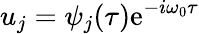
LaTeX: u_{j}=\psi_{j}(\tau)\mathrm{e}^{-i\omega_{0}\tau}